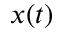
x ( t )